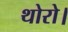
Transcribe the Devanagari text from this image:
थोरो।